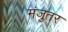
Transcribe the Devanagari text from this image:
मंजुतर